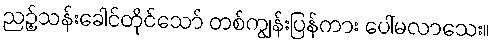
ညဉ့်သန်းခေါင်တိုင်သော် တစ်ကျွန်းပြန်ကား ပေါ်မလာသေး။